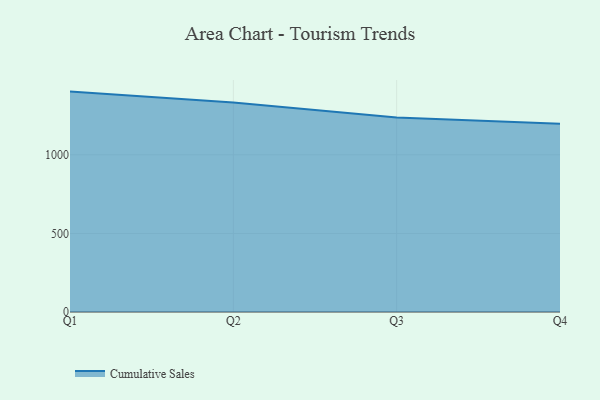
{"axis": {"x": "Quarter", "y": "Latency (ms)"}, "legend": ["Cumulative Sales"], "data": [{"x": "Q1", "y": 1402.5, "type": "Cumulative Sales"}, {"x": "Q2", "y": 1333.5, "type": "Cumulative Sales"}, {"x": "Q3", "y": 1237.5, "type": "Cumulative Sales"}, {"x": "Q4", "y": 1197.9, "type": "Cumulative Sales"}]}